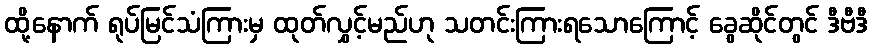
ထို့နောက် ရုပ်မြင်သံကြားမှ ထုတ်လွှင့်မည်ဟု သတင်းကြားရသောကြောင့် ခွေဆိုင်တွင် ဒီဗီဒီ